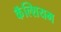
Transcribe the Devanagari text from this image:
कॅॅल्शियम